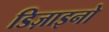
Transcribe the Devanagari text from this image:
डिज़ाइनो